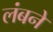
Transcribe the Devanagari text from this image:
लंबने